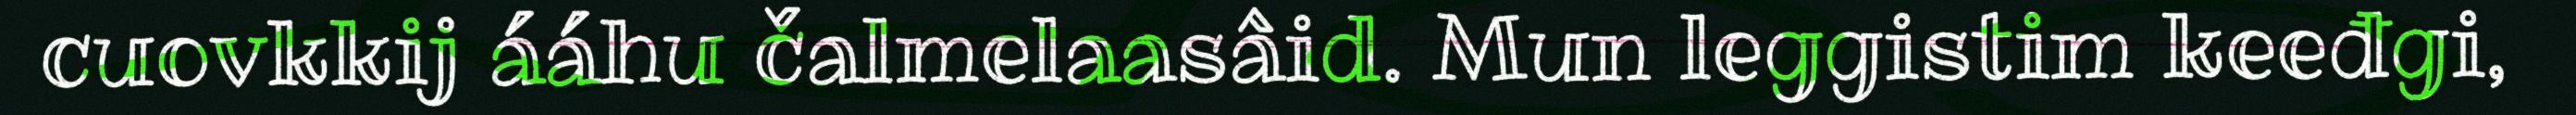
cuovkkij ááhu čalmelaasâid. Mun leggistim keeđgi,